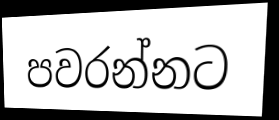
පවරන්නට